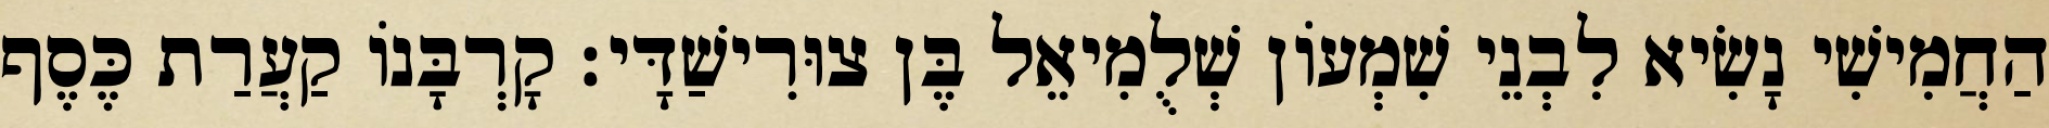
הַחֲמִישִׁי נָשִׂיא לִבְנֵי שִׁמְעוֹן שְׁלֻמִיאֵל בֶּן צוּרִישַׁדָּי׃ קָרְבָּנוֹ קַעֲרַת כֶּסֶף